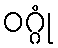
ဝဂ္ဂုံ